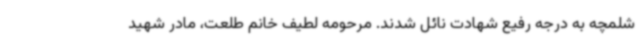
شلمچه به درجه رفیع شهادت نائل شدند. مرحومه لطیف خانم طلعت، مادر شهید